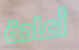
أعادة